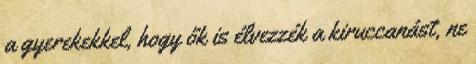
a gyerekekkel, hogy ők is élvezzék a kiruccanást, ne